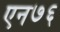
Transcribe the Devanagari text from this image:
एन७६